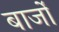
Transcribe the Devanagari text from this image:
बार्जों